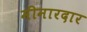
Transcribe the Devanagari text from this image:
मीनारदार